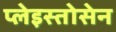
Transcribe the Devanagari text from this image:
प्लेइस्तोसेन